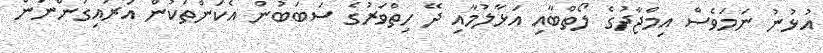
އުޅުނު ނަމަވެސް އިމްޖާދުގެ ލޯތްބާއި އަޅާލުމާއި ދޭ ހިތްވަރުގެ ސަބަބުން އެކަންތަކުން އަަރައިގަންނަން